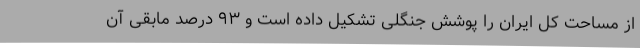
از مساحت کل ایران را پوشش جنگلی تشکیل داده‌ است و ۹۳ درصد مابقی آن